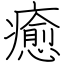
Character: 癒